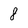
Character: 8